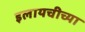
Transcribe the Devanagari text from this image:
इलायचीच्या